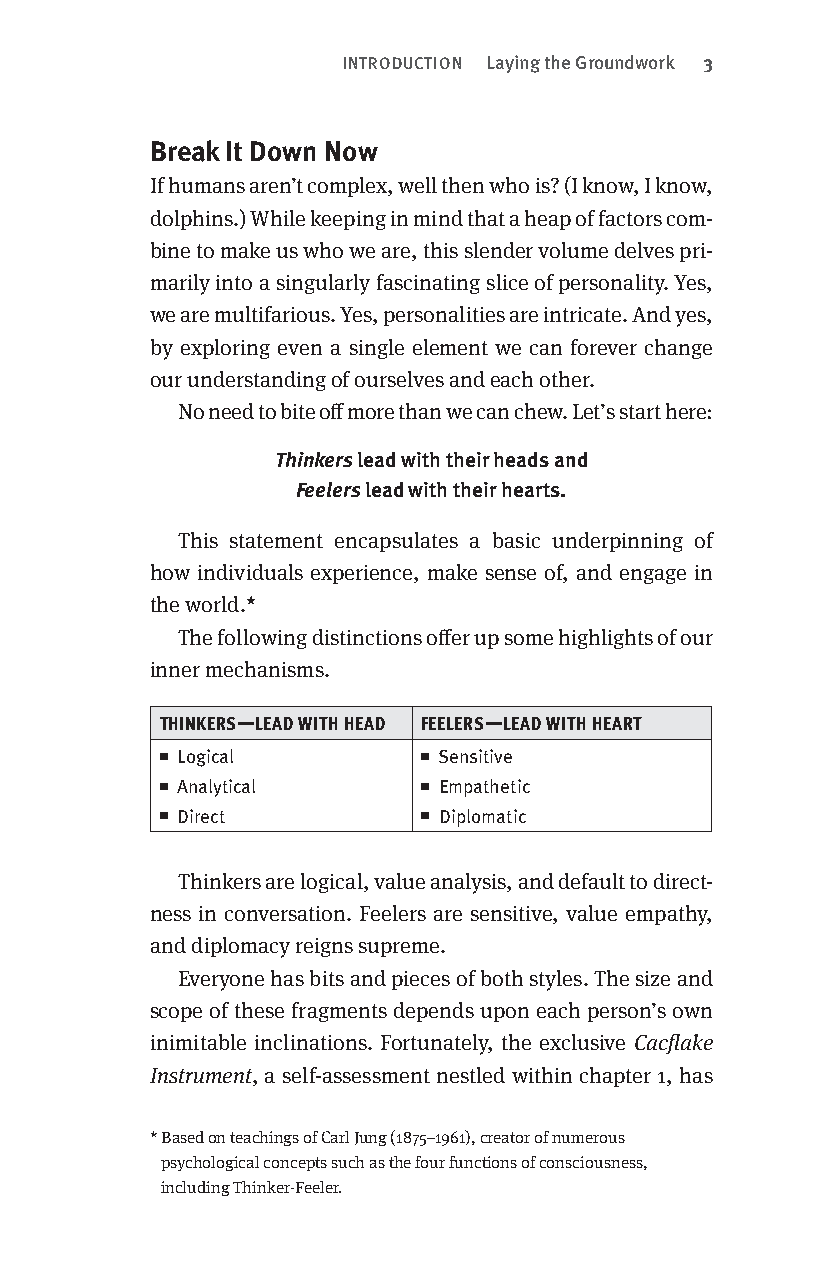
INTRODUCTION Laying the Groundwork 3
 Break It Down Now
 If humans aren’t complex, well then who is? (I know, I know,
 dolphins.) While keeping in mind that a heap of factors com-
 bine to make us who we are, this slender volume delves pri-
 marily into a singularly fascinating slice of personality. Yes,
 we are multifarious. Yes, personalities are intricate. And yes,
 by exploring even a single element we can forever change
 our understanding of ourselves and each other.
 No need to bite off more than we can chew. Let’s start here:
 Thinkers lead with their heads and
 Feelers lead with their hearts.
 This statement encapsulates a basic underpinning of
 how individuals experience, make sense of, and engage in
 the world.*
 The following distinctions offer up some highlights of our
 inner mechanisms.
 THINKERS—LEAD WITH HEAD FEELERS—LEAD WITH HEART
 n Logical        n Sensitive
 n Analytical     n Empathetic
 n Direct         n Diplomatic
 Thinkers are logical, value analysis, and default to direct-
 ness in conversation. Feelers are sensitive, value empathy,
 and diplomacy reigns supreme.
 Everyone has bits and pieces of both styles. The size and
 scope of these fragments depends upon each person’s own
 inimitable inclinations. Fortunately, the exclusive Cacflake
 Instrument, a self-assessment nestled within chapter 1, has
 * Based on teachings of Carl Jung (1875–1961), creator of numerous
 psychological concepts such as the four functions of consciousness,
 including Thinker-Feeler.